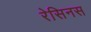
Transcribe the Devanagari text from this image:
रेसिनस